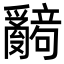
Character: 𬋹